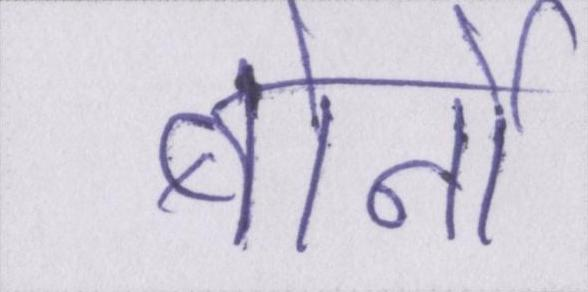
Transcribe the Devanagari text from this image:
बोर्नो